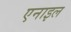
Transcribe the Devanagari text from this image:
एनाइल